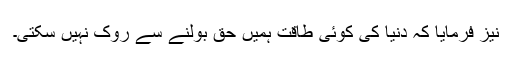
نیز فرمایا کہ دنیا کی کوئی طاقت ہمیں حق بولنے سے روک نہیں سکتی۔